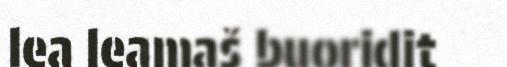
lea leamaš buoridit